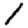
Digit: 1